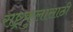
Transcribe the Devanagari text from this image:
राष्ट्रकुलासाठी